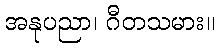
အနုပညာ၊ ဂီတသမား။